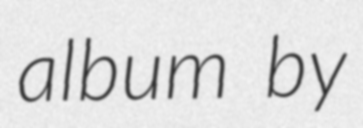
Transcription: album by